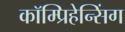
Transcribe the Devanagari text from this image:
कॉम्प्रिहेन्सिंग